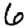
Digit: 6